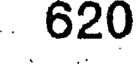
620